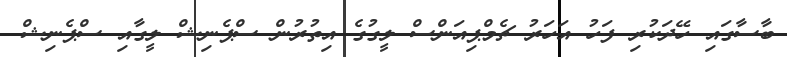
ބާސާގައި ހޭދަކުރި ފަހު އަހަރު ޗެމްޕިއަންސް ލީގުގެ އިތުރުން ސްޕެނިޝް ލީގާއި ސްޕެނިޝް